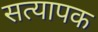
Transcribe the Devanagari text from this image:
सत्यापक